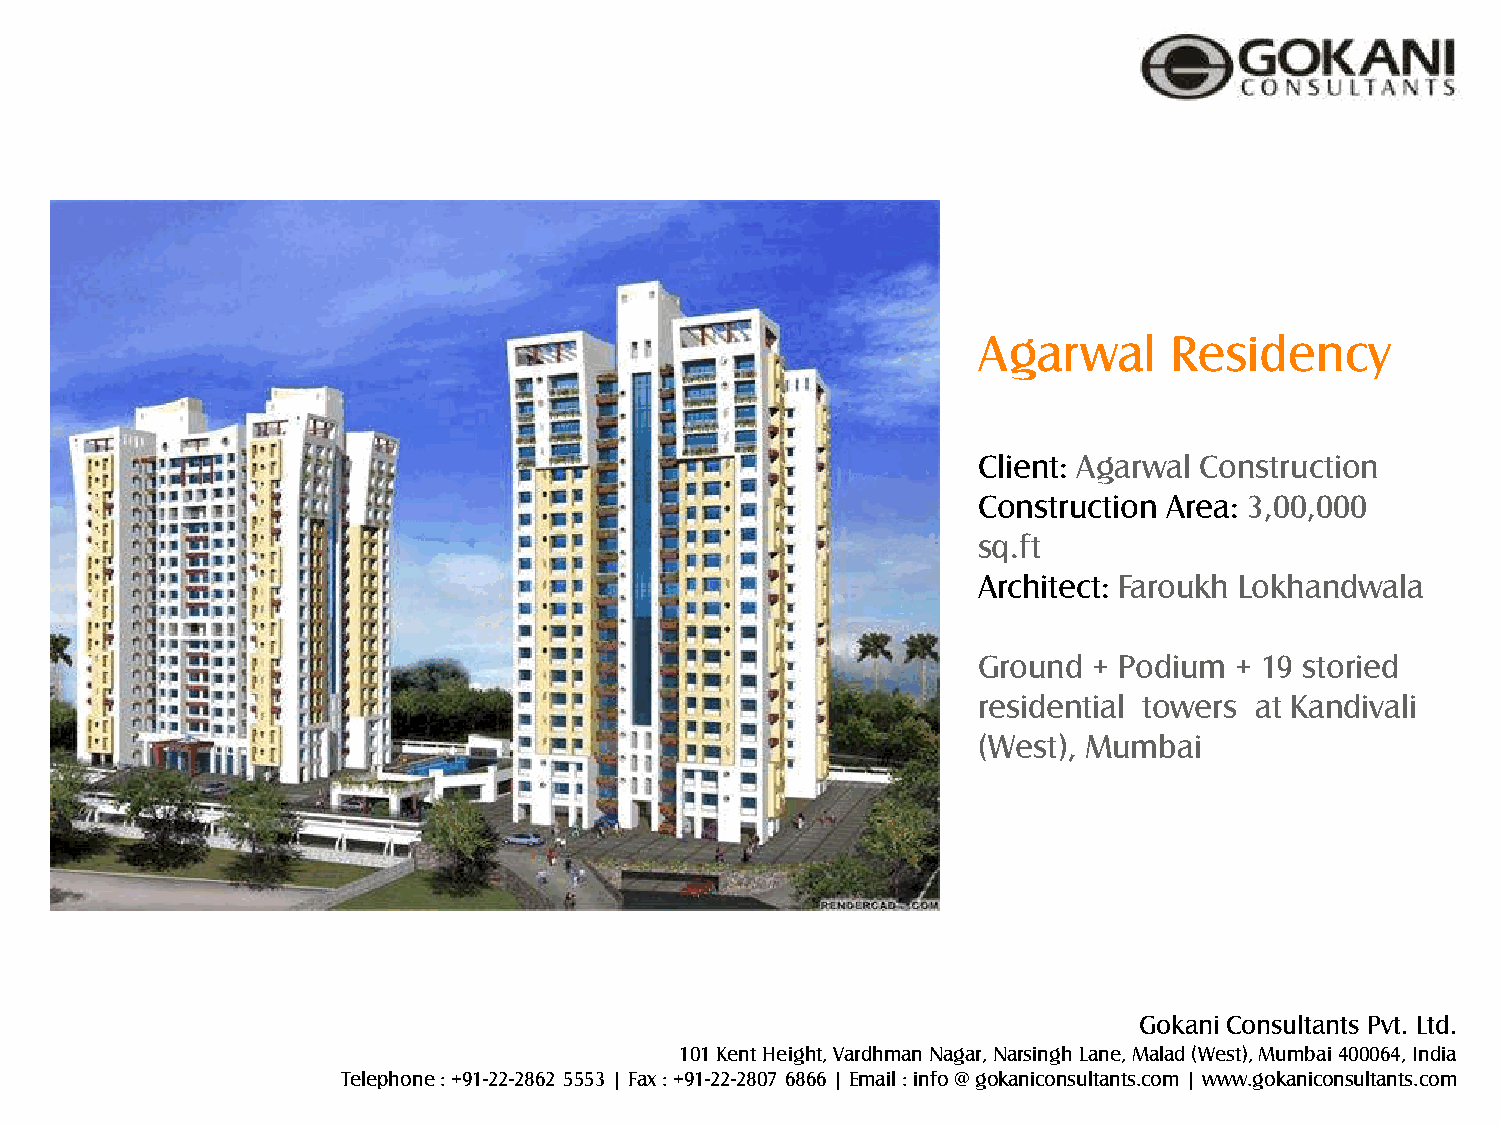
Agarwal     Residency
 Client: Agarwal Construction
 Construction Area: 3,00,000
 sq.ft
 Architect: Faroukh Lokhandwala
 Ground + Podium  + 19 storied
 residential towers at Kandivali
 (West), Mumbai
 Gokani Consultants Pvt. Ltd.
 101 Kent Height, Vardhman Nagar, Narsingh Lane, Malad (West), Mumbai 400064, India
 Telephone : +91-22-2862 5553 | Fax : +91-22-2807 6866 | Email : info @ gokaniconsultants.com | www.gokaniconsultants.com